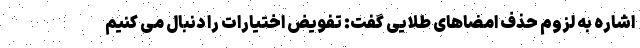
اشاره به لزوم حذف امضاهای طلایی گفت: تفویض اختیارات را دنبال می کنیم